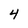
Character: 4